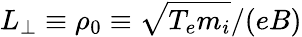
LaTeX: L_{\perp}\equiv\rho_{0}\equiv\sqrt{T_{e}m_{i}}/(eB)